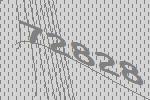
72828